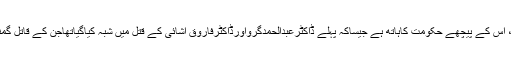
نوج جوشی کے مطابق، اس کے پیچھے حکومت کاہاتھ ہے جیساکہ پہلے ڈاکٹرعبدالحمدگرواورڈاکٹرفاروق آشائی کے قتل میں شبہ کیاگیاتھاجن کے قاتل گمنام کے گمنام ہی رہے؟